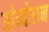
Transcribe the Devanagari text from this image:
आंन्दोलन